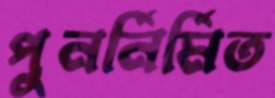
পুনর্নির্মিত